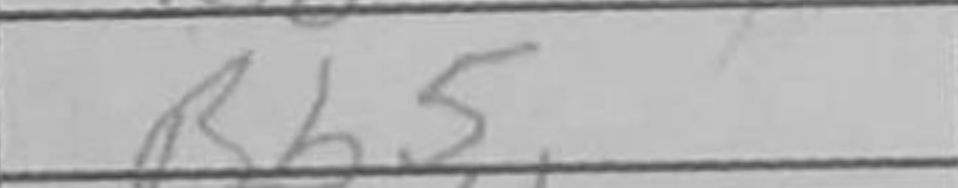
Transcription: Bb5